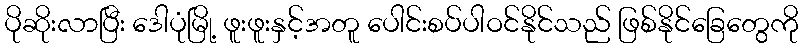
ပိုဆိုးလာပြီး ဒေါပုံမြို့ ဖူးဖူးနှင့်အတူ ပေါင်းစပ်ပါဝင်နိုင်သည် ဖြစ်နိုင်ခြေတွေကို